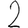
Digit: 2